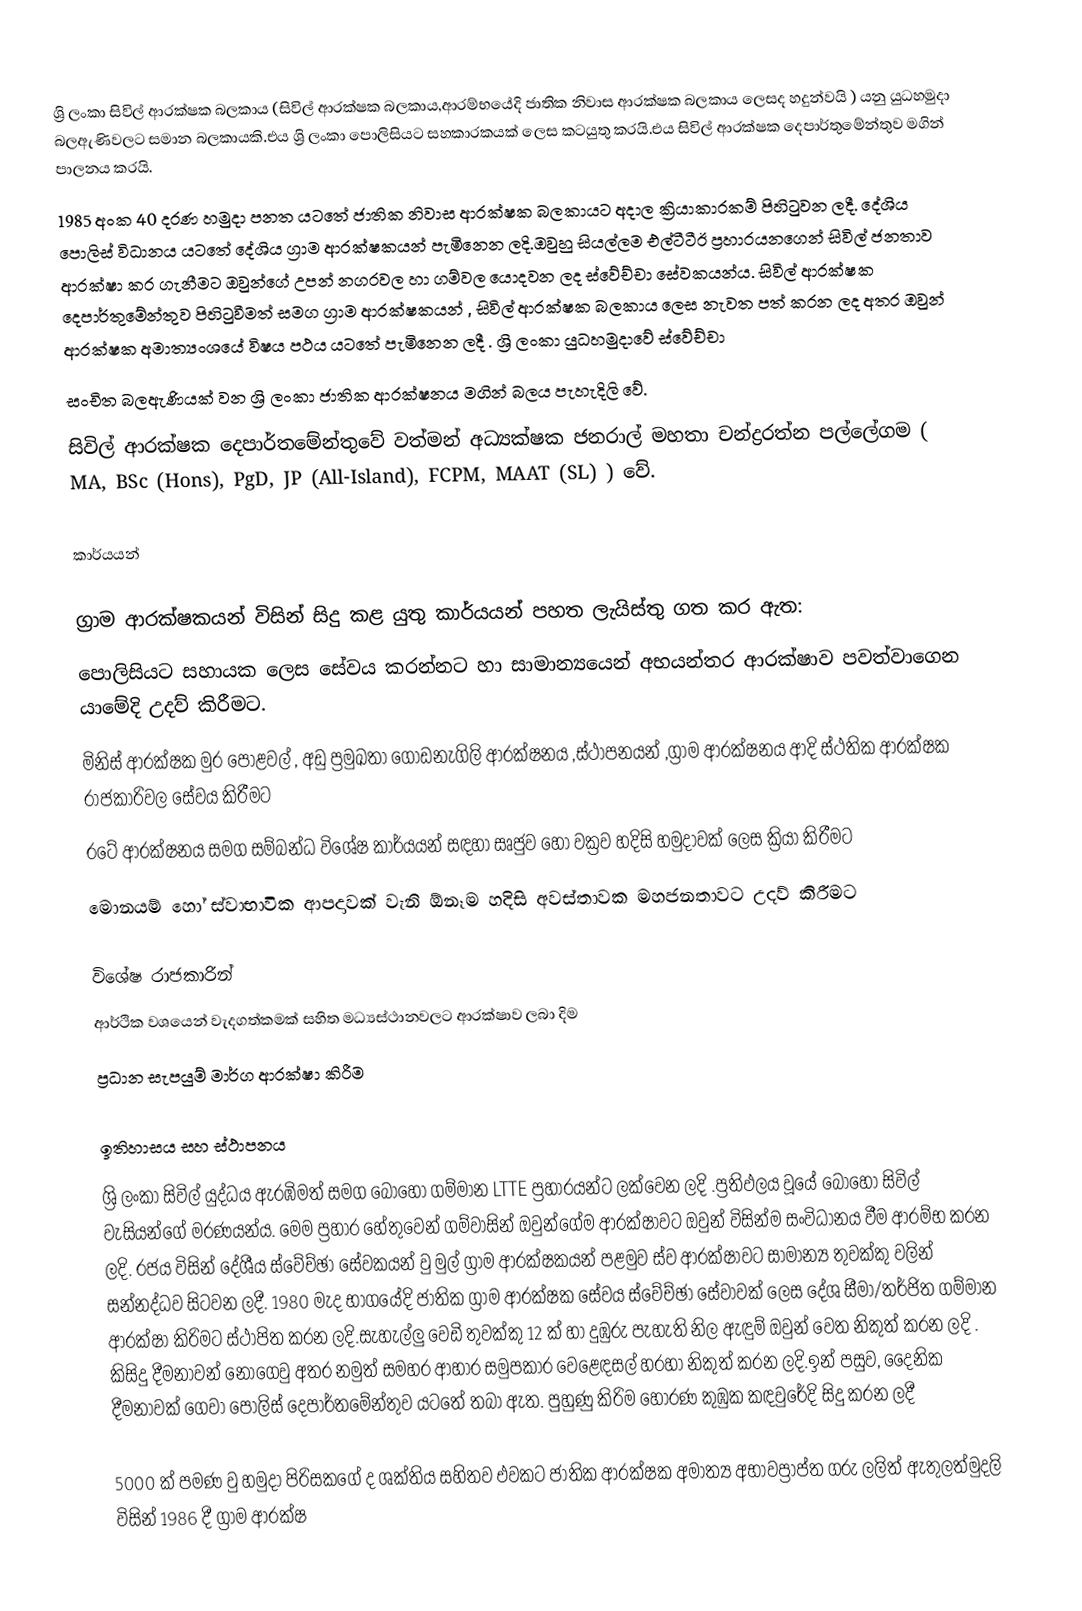
ශ්‍රි ලංකා  සිවිල් ආරක්ෂක      බලකාය (සිවිල් ආරක්ෂක බලකාය,ආරම්භයේදි ජාතික නිවාස  ආරක්ෂක බලකාය ලෙසද හදුන්වයි ) යනු යුධහමුදා  බලඇණිවලට සමාන බලකායකි.එය ශ්‍රි ලංකා පොලිසියට සහකාරකයක් ලෙස කටයුතු කරයි.එය සිවිල් ආරක්ෂක දෙපාර්තුමේන්තුව මගින් පාලනය කරයි.
1985 අංක 40 දරණ හමුදා පනත යටතේ ජාතික නිවාස ආරක්ෂක බලකායට අදාල ක්‍රියාකාරකම් පිහිටුවන ලදී. දේශිය පොලිස් විධානය යටතේ දේශිය ග්‍රාම ආරක්ෂකයන් පැමිනෙන ලදි.ඔවුහු සියල්ලම එල්ටීටීඊ ප්‍රහාරයනගෙන් සිවිල් ජනතාව ආරක්ෂා කර ගැනීමට ඔවුන්ගේ උපන් නගරවල හා ගම්වල යොදවන ලද ස්වේච්චා සේවකයන්ය. සිවිල් ආරක්ෂක දෙපාර්තුමේන්තුව පිහිටුවීමත් සමග ග්‍රාම ආරක්ෂකයන් ,  සිවිල් ආරක්ෂක බලකාය ලෙස නැවත පත් කරන ලද අතර ඔවුන් ආරක්ෂක අමාත්‍යංශයේ විෂය පථය යටතේ පැමිනෙන ලදී .  ශ්‍රි ලංකා යුධහමුදාවේ ස්වේච්චා
සංචිත බලඇණියක් වන ශ්‍රි ලංකා ජාතික ආරක්ෂනය මගින් බලය පැහැදිලි වේ.    
සිවිල් ආරක්ෂක දෙපාර්තමේන්තුවේ වත්මන් අධ්‍යක්ෂක ජනරාල් මහතා චන්ද්‍රරත්න පල්ලේගම ( MA, BSc (Hons), PgD, JP (All-Island), FCPM, MAAT (SL) ) වේ.

කාර්යයන්

ග්‍රාම ආරක්ෂකයන් විසින්  සිදු කළ යුතු කාර්යයන් පහත ලැයිස්තු ගත කර ඇත:
 පොලිසියට සහායක ලෙස සේවය කරන්නට හා සාමාන්‍යයෙන් අභයන්තර ආරක්ෂාව පවත්වාගෙන යාමේදි උදව් කිරීමට.
 මිනිස් ආරක්ෂක මුර පොළවල් , අඩු ප්‍රමුඛතා ගොඩනැගිලි ආරක්ෂනය ,ස්ථාපනයන් ,ග්‍රාම ආරක්ෂනය ආදි ස්ථතික ආරක්ෂක රාජකාරිවල සේවය කිරීමට  
 රටේ ආරක්ෂනය සමග සම්බන්ධ විශේෂ කාර්යයන්  සඳහා සෘජුව හෝ වක්‍රව හදිසි හමුදාවක් ලෙස ක්‍රියා කිරීමට
 මොනයම් හෝ ස්වාභාවික ආපදාවක් වැනි ඕනෑම හදිසි අවස්තාවක මහජනතාවට උදව් කිරීමට

විශේෂ රාජකාරින්
 ආර්ථික වශයෙන් වැදගත්කමක් සහිත මධ්‍යස්ථානවලට ආරක්ෂාව ලබා දිම 
 ප්‍රධාන සැපයුම් මාර්ග ආරක්ෂා කිරීම

ඉතිහාසය සහ ස්ථාපනය
ශ්‍රි ලංකා සිවිල් යුද්ධය ඇරඹිමත් සමග බොහෝ ගම්මාන LTTE ප්‍රහාරයන්ට ලක්වෙන ලදි .ප්‍රතිඵලය වූයේ බොහෝ සිවිල් වැසියන්ගේ මරණයන්ය. මෙම ප්‍රහාර හේතුවෙන් ගම්වාසින් ඔවුන්ගේම ආරක්ෂාවට ඔවුන් විසින්ම සංවිධානය වීම ආරම්භ කරන ලදි. රජය විසින් දේශීය ස්වේච්ඡා සේවකයන් වු මුල් ග්‍රාම ආරක්ෂකයන් පළමුව ස්ව ආරක්ෂාවට සාමාන්‍ය තුවක්කු වලින් සන්නද්ධව සිටවන ලදී.  1980 මැද භාගයේදි ජාතික ග්‍රාම ආරක්ෂක සේවය ස්වේච්ඡා සේවාවක් ලෙස දේශ සීමා/තර්ජිත ගම්මාන ආරක්ෂා කිරිමට ස්ථාපිත කරන ලදි.සැහැල්ලු වෙඩි තුවක්කු 12 ක් හා දුඹුරු පැහැති නිල ඇඳුම් ඔවුන් වෙත  නිකුත් කරන ලදි . කිසිදු දීමනාවන් නොගෙවු අතර  නමුත් සමහර ආහාර සමුපකාර වෙළෙඳසල් හරහා නිකුත් කරන ලදි.ඉන් පසුව, දෛනික දීමනාවක් ගෙවා පොලිස් දෙපාර්තමේන්තුව යටතේ තබා ඇත. පුහුණු කිරිම හොරණ කුඹුක කඳවුරේදි සිදු කරන ලදී

5000 ක් පමණ වු හමුදා පිරිසකගේ ද ශක්තිය සහිතව එවකට ජාතික ආරක්ෂක අමාත්‍ය අභාවප්‍රාප්ත ගරු ලලිත් ඇතුලත්මුදලි විසින් 1986 දී ග්‍රාම ආරක්ෂ